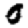
Digit: 0